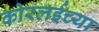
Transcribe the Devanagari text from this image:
कोरलईच्या